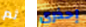
ثم إحذري